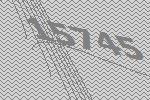
15745